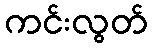
ကင်းလွတ်